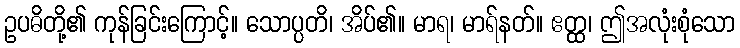
ဥပဓိတို့၏ ကုန်ခြင်းကြောင့်။ သောပ္ပတိ၊ အိပ်၏။ မာရ၊ မာရ်နတ်။ ဧတ္ထ၊ ဤအလုံးစုံသော